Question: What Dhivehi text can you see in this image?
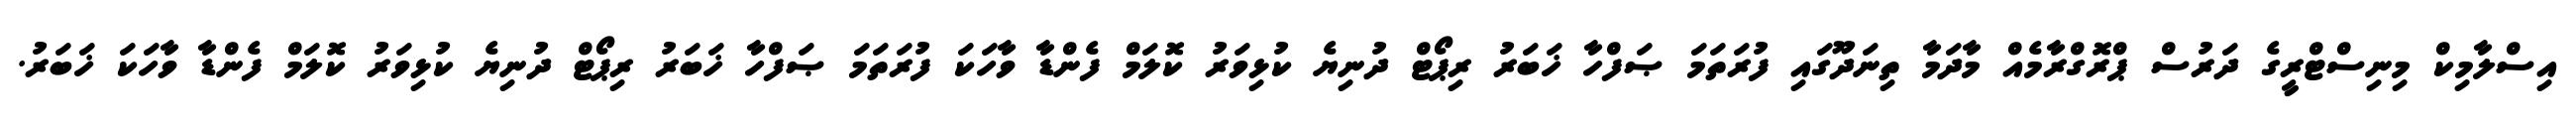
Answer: އިސްލާމިކް މިނިސްޓްރީގެ ދަރުސް ޕްރޮގްރާމެއް މާދަމާ ތިނަދޫގައި ފުރަތަމަ ޞަފްހާ ޚަބަރު ރިޕޯޓް ދުނިޔެ ކުޅިވަރު ކޮލަމް ފެންޑާ ވާހަކަ ފުރަތަމަ ޞަފްހާ ޚަބަރު ރިޕޯޓް ދުނިޔެ ކުޅިވަރު ކޮލަމް ފެންޑާ ވާހަކަ ޚަބަރު.